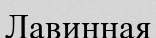
Лавинная